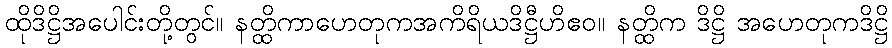
ထိုဒိဋ္ဌိအပေါင်းတို့တွင်။ နတ္ထိကာဟေတုကအကိရိယဒိဋ္ဌီဟိဧဝ။ နတ္ထိက ဒိဋ္ဌိ အဟေတုကဒိဋ္ဌိ